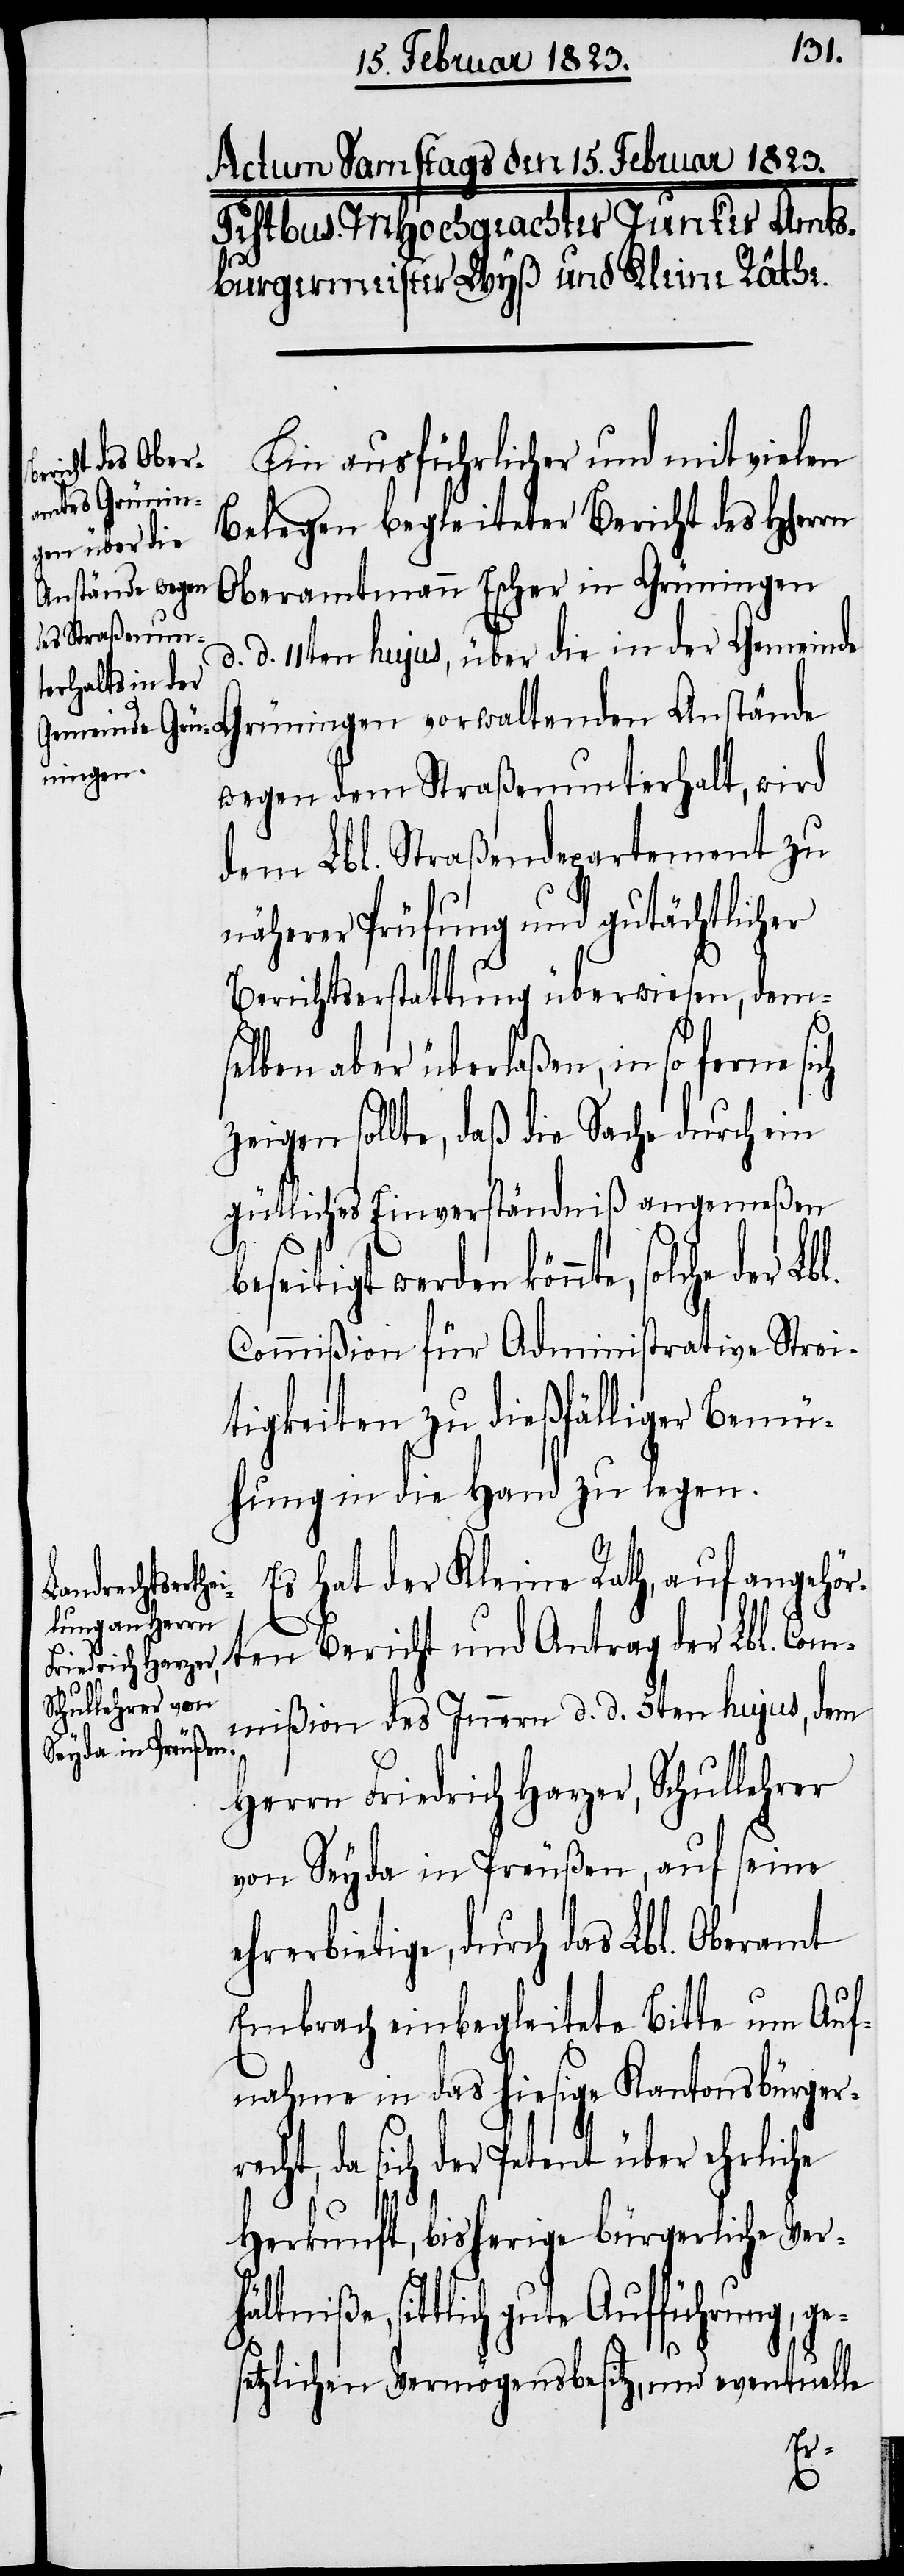
Ein ausführlicher und mit vielen
Belegen begleiteter Bericht des Hherrn
Oberamtmann Escher in Grüningen
d. d. 11ten hujus, über die in der Gemeind¬
e Grüningen vorwaltenden Anstände
wegen dem Straßenunterhalt, wird
dem Lbl. Straßendepartement zu
näherer Prüfung und gutächtlicher
Berichtserstattung überwiesen, dem¬
selben aber überlaßen, in so ferne sich
zeigen sollte, daß die Sache durch ein
gütliches Einverständniß angemeßen
der
eitigt werden könnte, solche
Commißion für Administrative Strei¬
tigkeiten zu dießfälliger Bemü¬
hung in die Hand zu legen.
Es hat der Kleine Rath, auf angehör¬
ten Bericht und Antrag der Lbl. Com¬
mißion des Innern d. d. 5ten hujus, dem
Herrn Friedrich Harzer, Schullehrer
von Seyda in Preußen, auf seine
ehrerbietige, durch das Lbl. Oberamt
Embrach einbegleitete Bitte um Auf¬
nahme in das hiesige Kantonsbürger¬
cht, da sich der Petent über ehrliche
Herkunft, bisherige bürgerliche Ver¬
niße, sittlich gute Aufführung,
etzlichen Vermögensbesitz, und eventuelle
ges¬